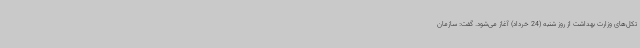
تکل‌های وزارت بهداشت از روز شنبه (24 خرداد) آغاز می‌شود. گفت:‌ سازمان